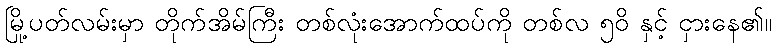
မြို့ပတ်လမ်းမှာ တိုက်အိမ်ကြီး တစ်လုံးအောက်ထပ်ကို တစ်လ ၅၀ိ နှင့် ငှားနေ၏။